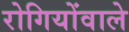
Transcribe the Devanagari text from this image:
रोगियोंवाले